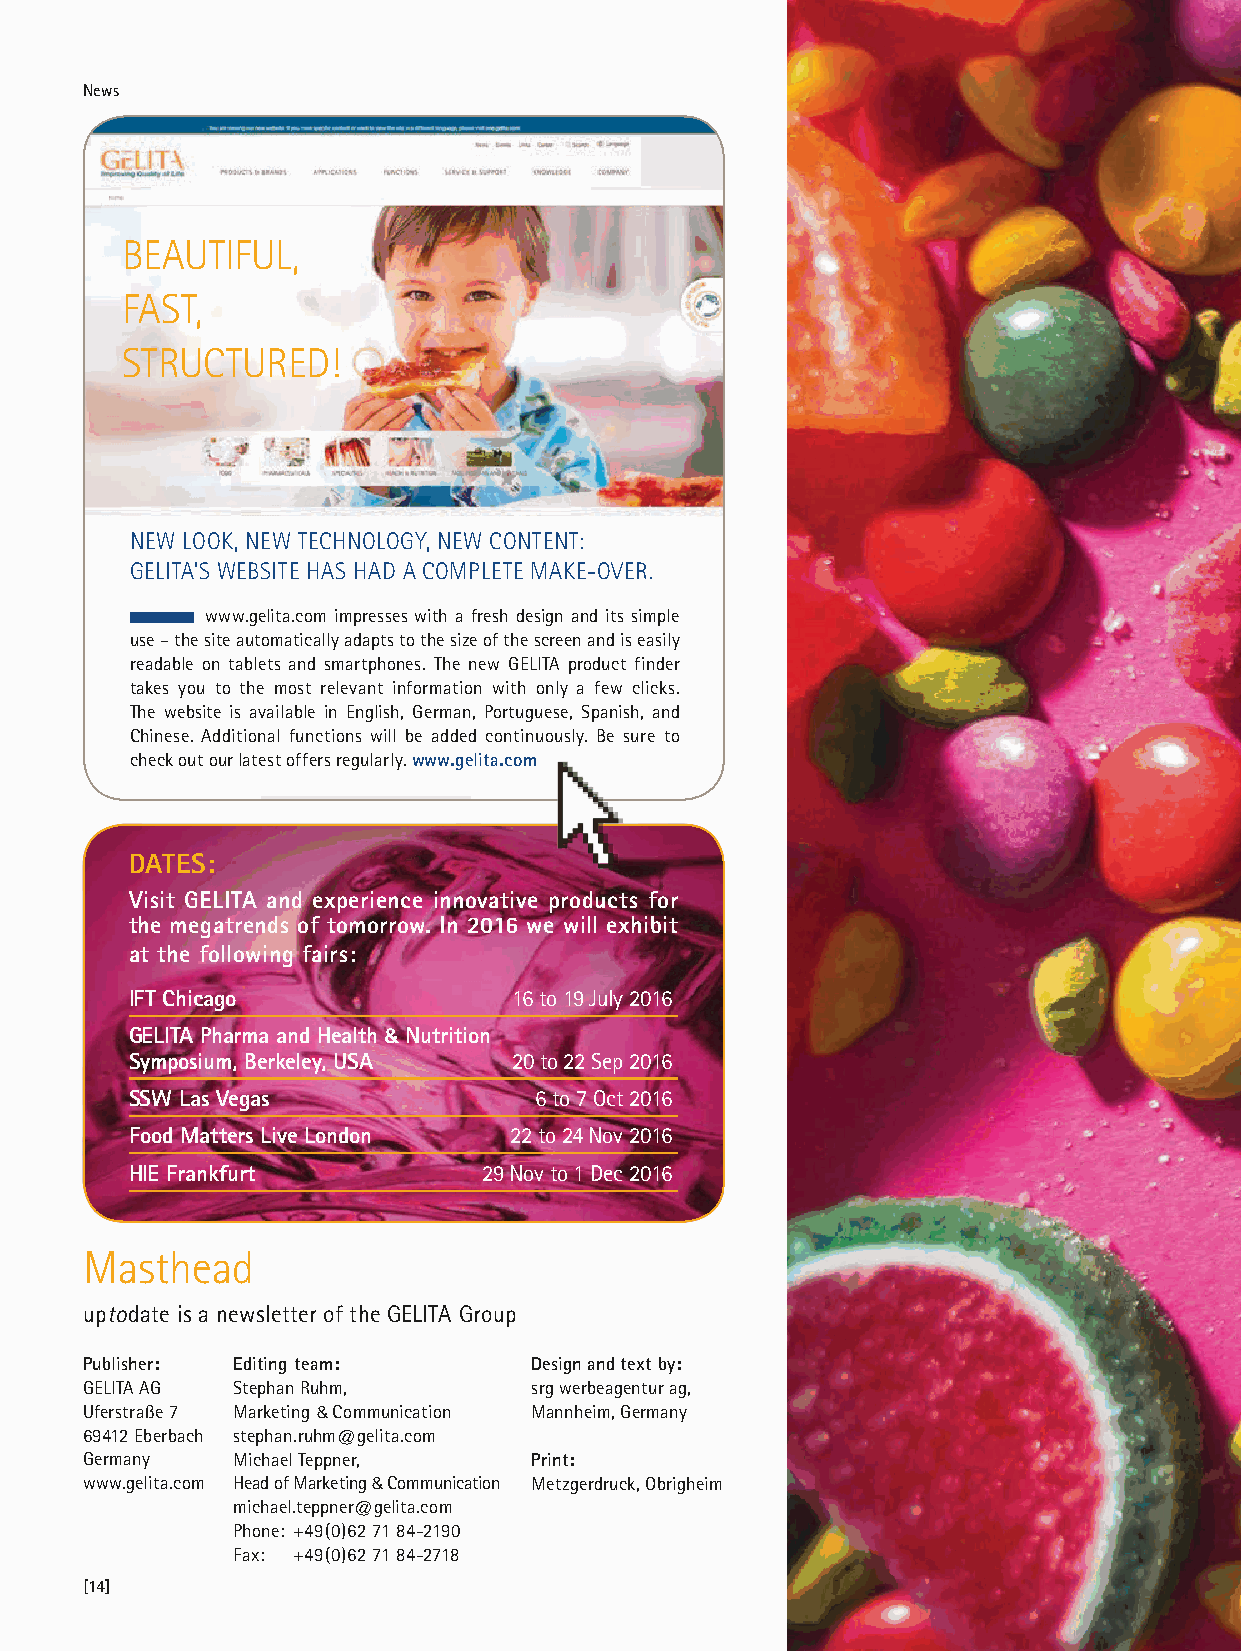
News
 BEAUTIFUL,
 FAST,
 STRUCTURED!
 NEW LOOK, NEW TECHNOLOGY, NEW CONTENT:
 GELITA’S WEBSITE HAS HAD A COMPLETE MAKE-OVER.
 www.gelita.com impresses with a fresh design and its simple
 use – the site automatically adapts to the size of the screen and is easily
 readable on tablets and smartphones. The new GELITA product finder
 takes you to the most relevant information with only a few clicks.
 The website is available in English, German, Portuguese, Spanish, and
 Chinese. Additional functions will be added continuously. Be sure to
 check out our latest offers regularly. www.gelita.com
 DATES:
 Visit GELITA and experience innovative products for
 the megatrends of tomorrow. In 2016 we will exhibit
 at the following fairs:
 IFT Chicago              16 to 19 July 2016
 GELITA Pharma and Health & Nutrition
 Symposium, Berkeley, USA 20 to 22 Sep 2016
 SSW Las Vegas             6 to 7 Oct 2016
 Food Matters Live London 22 to 24 Nov 2016
 HIE Frankfurt          29 Nov to 1 Dec 2016
 Masthead
 uptodate is a newsletter of the GELITA Group
 Publisher: Editing team:      Design and text by:
 GELITA AG Stephan Ruhm,       srg werbeagentur ag,
 Uferstraße 7 Marketing & Communication Mannheim, Germany
 69412 Eberbach stephan.ruhm@gelita.com
 Germany   Michael Teppner,    Print:
 www.gelita.com Head of Marketing & Communication Metzgerdruck, Obrigheim
 michael.teppner@gelita.com
 Phone: +49(0)62 71 84-2190
 Fax: +49(0)62 71 84-2718
 [14]